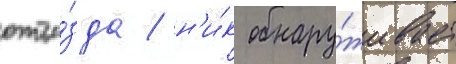
отъе́зда / н'и́к обнару́живает